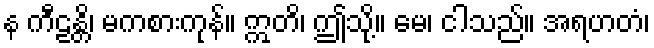
န ကီဠန္တိ၊ မကစားကုန်။ ဣတိ၊ ဤသို့။ မေ၊ ငါသည်။ အရဟတံ၊